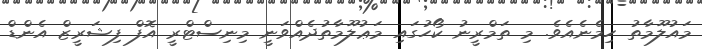
މައުލޫމާތު ހިމެނެއެވެ. މި ތަމްރީނު ކޯހުގައި މަޢުލޫމާތުދެއްވަނީ މިނިސްޓްރީ އޮފް ފިޝަރީޒް އެންޑް